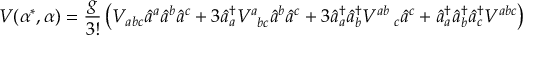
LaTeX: V ( \alpha ^ { * } , \alpha ) = \frac { g } { 3 ! } \left( V _ { a b c } \hat { a } ^ { a } \hat { a } ^ { b } \hat { a } ^ { c } + 3 \hat { a } _ { a } ^ { \dagger } V _ { \; \; b c } ^ { a } \hat { a } ^ { b } \hat { a } ^ { c } + 3 \hat { a } _ { a } ^ { \dagger } \hat { a } _ { b } ^ { \dagger } V _ { \quad c } ^ { a b } \hat { a } ^ { c } + \hat { a } _ { a } ^ { \dagger } \hat { a } _ { b } ^ { \dagger } \hat { a } _ { c } ^ { \dagger } V ^ { a b c } \right)